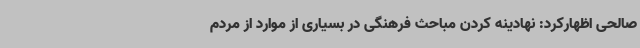
صالحی اظهارکرد: نهادینه کردن مباحث فرهنگی در بسیاری از موارد از مردم